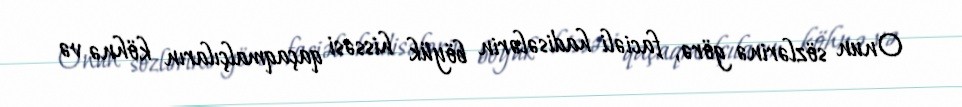
Onun sözlərinə görə, faciəli hadisələrin böyük hissəsi qaçaqmalçıların köhnə və